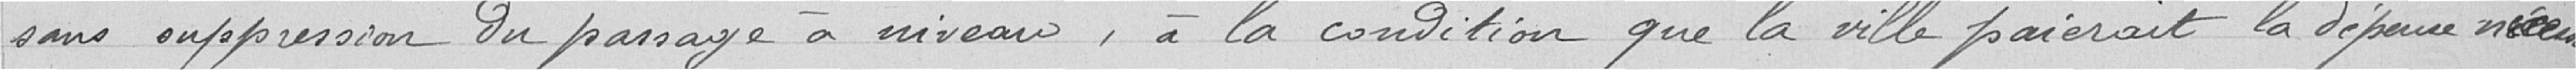
sans suppression du passage à niveau, à la condition que la ville paierait la dépense nécessitée